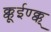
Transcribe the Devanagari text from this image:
क्कूईण्क्क्